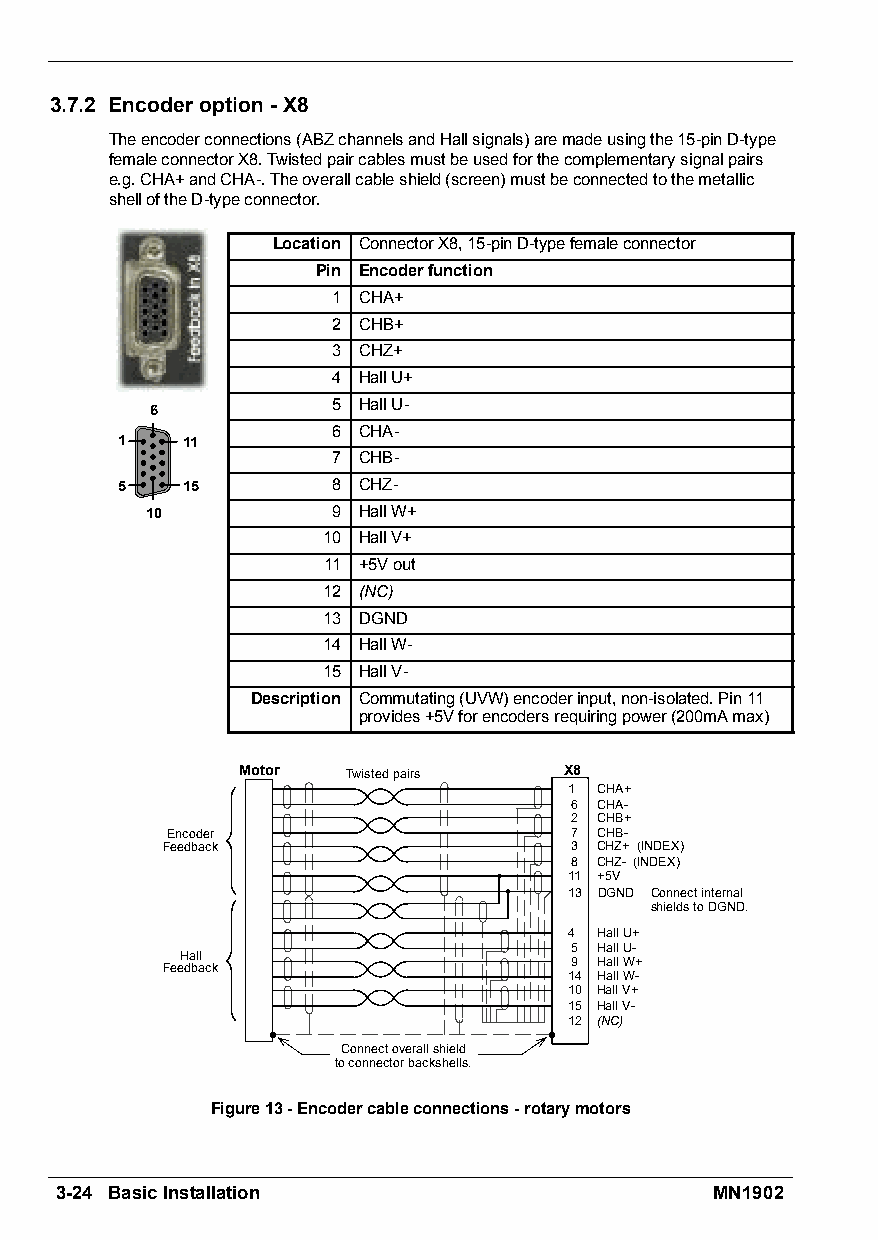
3.7.2 Encoderoption-X8
 Theencoderconnections(ABZchannelsandHallsignals)aremadeusingthe15-pinD-type
 femaleconnectorX8.Twistedpaircablesmustbeusedforthecomplementarysignalpairs
 e.g.CHA+andCHA-.Theoverallcableshield(screen)mustbeconnectedtothemetallic
 shelloftheD-typeconnector.
 Location ConnectorX8,15-pinD-typefemaleconnector
 Pin Encoderfunction
 1 CHA+
 2 CHB+
 3 CHZ+
 4 HallU+
 5 HallU-
 6
 6 CHA-
 1   11
 7 CHB-
 5   15        8 CHZ-
 10          9 HallW+
 10 HallV+
 11 +5Vout
 12 (NC)
 13 DGND
 14 HallW-
 15 HallV-
 Description Commutating(UVW)encoderinput,non-isolated.Pin11
 provides+5Vforencodersrequiringpower(200mAmax)
 Motor  Twistedpairs  X8
 1 CHA+
 6 CHA-
 2 CHB+
 Encoder                    7 CHB-
 Feedback                   3 CHZ+ (INDEX)
 8 CHZ- (INDEX)
 11 +5V
 13 DGND Connectinternal
 shieldstoDGND.
 4 HallU+
 5 HallU-
 Hall                      9 HallW+
 Feedback
 14 HallW-
 10 HallV+
 15 HallV-
 12 (NC)
 Connectoverallshield
 toconnectorbackshells.
 Figure13-Encodercableconnections-rotarymotors
 3-24 BasicInstallation                     MN1902